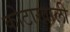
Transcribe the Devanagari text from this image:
कोटाखाली